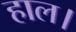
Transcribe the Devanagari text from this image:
हाल।